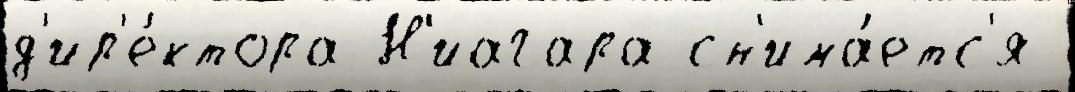
д'ир'е́ктора Н'иагара сн'има́етс'я